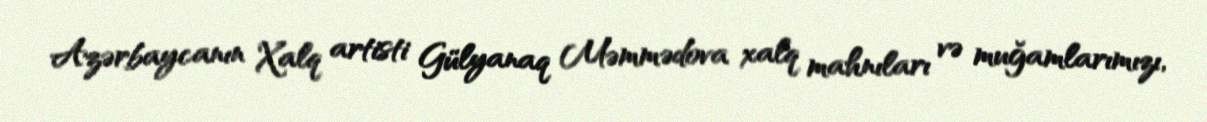
Azərbaycanın Xalq artisti Gülyanaq Məmmədova xalq mahnıları və muğamlarımızı,